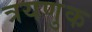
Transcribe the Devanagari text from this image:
त्रयणुक